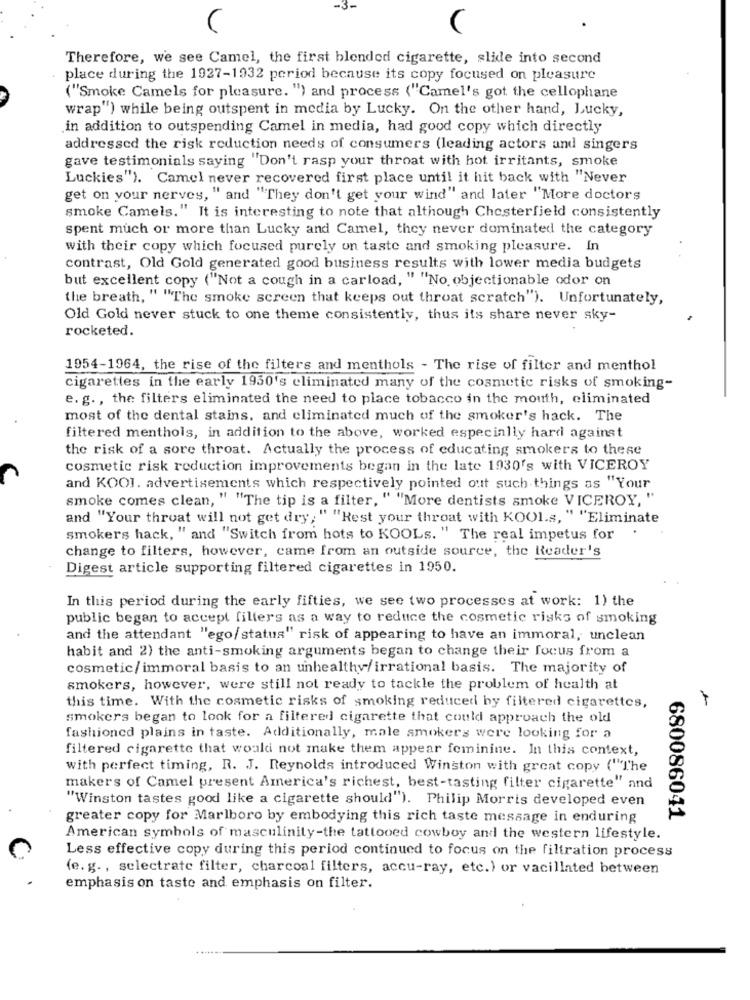
-3-
(
Therefore, we see Camel, the first blended cigarette, slide into second
place during the 1927-1932 period because its copy focused on pleasure
("Smoke Camels for pleasure. ") and process ("Camel's got the cellophane
wrap") while being outspent in media by Lucky. On the other hand, Lucky,
in addition to outspending Camel in media, had good copy which directly
addressed the risk reduction needs of consumers (leading actors and singers
gave testimonials saying "Don't rasp your throat with hot irritants, smoke
Luckies"). Camel never recovered first place until it hit back with "Never
get on your nerves, " and "They don't get your wind" and later "More doctors
smoke Camels." It is interesting to note that although Chesterfield consistently
spent much or more than Lucky and Camel, they never dominated the category
with their copy which focused purely on taste and smoking pleasure. In
contrast, Old Gold generated good business results with lower media budgets
but excellent copy ("Not a cough in a carload, " "No objectionable odor on
the breath, " "The smoke screen that keeps out throat scratch"). Unfortunately,
Old Gold never stuck to one theme consistently, thus its share never sky-
rocketed.
1954-1964, the rise of the filters and menthols - The rise of filter and menthol
cigarettes in the early 1950's eliminated many of the cosmetic risks of smoking-
e. g. , the filters eliminated the need to place tobacco in the mouth, eliminated
most of the dental stains, and eliminated much of the smoker's hack. The
filtered menthols, in addition to the above, worked especially hard against
the risk of a sore throat. Actually the process of educating smokers to these
cosmetic risk reduction improvements began in the late 1930's with VICEROY
and KOOI. advertisements which respectively pointed out such things as "Your
smoke comes clean, " "The tip is a filter, " "More dentists smoke VICEROY, "
and "Your throat will not get dry; " "Rest your throat with KOOL.s, " "Eliminate
smokers hack, " and "Switch from hots to KOOLs. " The real impetus for
change to filters, however, came from an outside source, the Reader's
Digest article supporting filtered cigarettes in 1950.
In this period during the early fifties, we see two processes at work: 1) the
public began to accept filters as a way to reduce the cosmetic risks of smoking
and the attendant "ego/status" risk of appearing to have an immoral, unclean
habit and 2) the anti-smoking arguments began to change their focus from a
cosmetic/ immoral basis to an unhealthy/irrational basis. The majority of
smokers, however, were still not ready to tackle the problem of health at
this time. With the cosmetic risks of smoking reduced by filtered cigarettes,
smokers began to look for a filtered cigarette that could approach the old
fashioned plains in taste. Additionally, male smokers were looking for a
filtered cigarette that would not make them appear feminine. In this context,
with perfect timing, R. J. Reynolds introduced Winston with great copy ("The
makers of Camel present America's richest, best-tasting filter cigarette" and
"Winston tastes good like a cigarette should"). Philip Morris developed even
greater copy for Marlboro by embodying this rich taste message in enduring
680086041
American symbols of masculinity-the tattooed cowboy and the western lifestyle.
Less effective copy during this period continued to focus on the filtration process
(e. g. , selectrate filter, charcoal filters, accu-ray, etc.) or vacillated between
emphasis on taste and emphasis on filter.